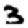
Digit: 3